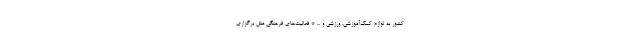
کشور به لوازم کمک‌آموزشی، ورزشی و ... * فعالیت‌های فرهنگی مثل برگزاری